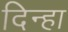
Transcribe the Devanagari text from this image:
दिन्हा